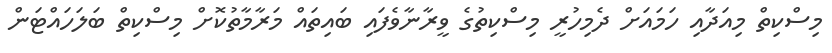
މިސްކިތް މިއަދާއި ހަަމައަށް ދެމިހުރީ މިސްކިތުގެ ވީރާނާވެފައި ބައިތައް މަރާމާތުކޮށް މިސްކިތް ބަލަހައްޓަން